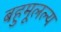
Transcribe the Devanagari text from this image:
बहुमूलल्य